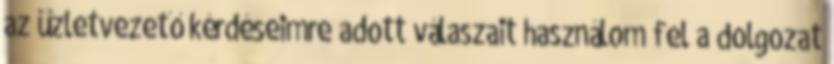
az üzletvezető kérdéseimre adott válaszait használom fel a dolgozat